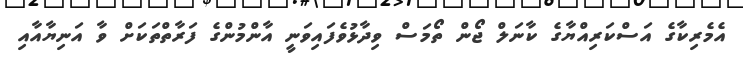
އެމެރިކާގެ އަސްކަރިއްޔާގެ ކާނަލް ޖޯން ތޯމަސް ވިދާޅުވެފައިވަނީ އާންމުންގެ ފަރާތްތަކަށް ވާ އަނިޔާއާއި